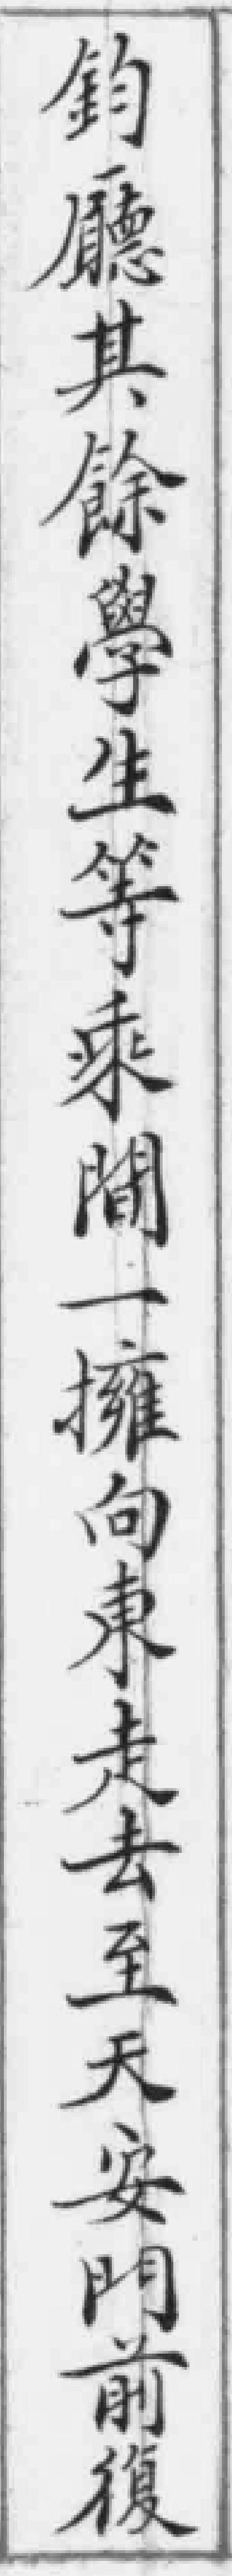
鈞廳其餘學生等乘間一擁向東走去至天安門前復